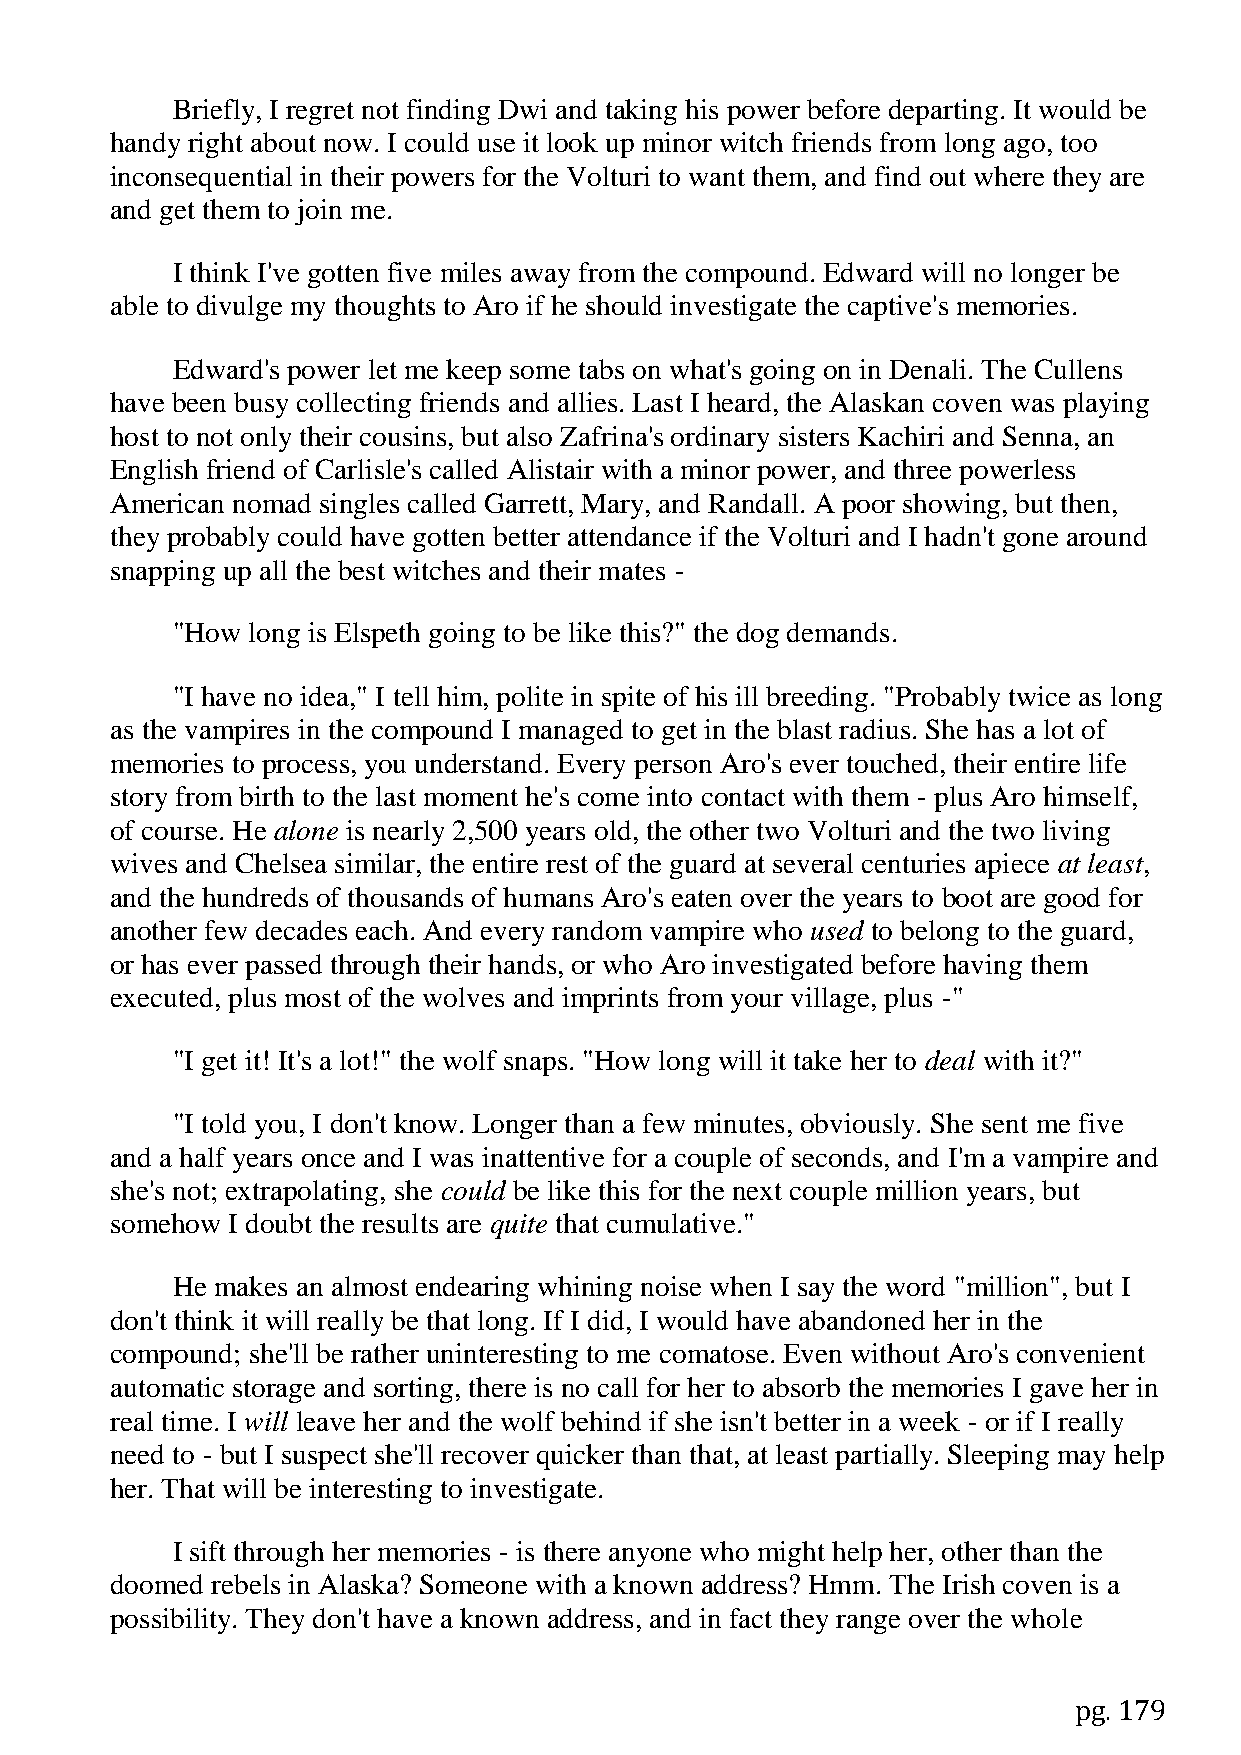
Briefly, I regret not finding Dwi and taking his power before departing. It would be
 handy right about now. I could use it look up minor witch friends from long ago, too
 inconsequential in their powers for the Volturi to want them, and find out where they are
 and get them to join me.
 I think I've gotten five miles away from the compound. Edward will no longer be
 able to divulge my thoughts to Aro if he should investigate the captive's memories.
 Edward's power let me keep some tabs on what's going on in Denali. The Cullens
 have been busy collecting friends and allies. Last I heard, the Alaskan coven was playing
 host to not only their cousins, but also Zafrina's ordinary sisters Kachiri and Senna, an
 English friend of Carlisle's called Alistair with a minor power, and three powerless
 American nomad singles called Garrett, Mary, and Randall. A poor showing, but then,
 they probably could have gotten better attendance if the Volturi and I hadn't gone around
 snapping up all the best witches and their mates -
 "How long is Elspeth going to be like this?" the dog demands.
 "I have no idea," I tell him, polite in spite of his ill breeding. "Probably twice as long
 as the vampires in the compound I managed to get in the blast radius. She has a lot of
 memories to process, you understand. Every person Aro's ever touched, their entire life
 story from birth to the last moment he's come into contact with them - plus Aro himself,
 of course. He alone is nearly 2,500 years old, the other two Volturi and the two living
 wives and Chelsea similar, the entire rest of the guard at several centuries apiece at least,
 and the hundreds of thousands of humans Aro's eaten over the years to boot are good for
 another few decades each. And every random vampire who used to belong to the guard,
 or has ever passed through their hands, or who Aro investigated before having them
 executed, plus most of the wolves and imprints from your village, plus -"
 "I get it! It's a lot!" the wolf snaps. "How long will it take her to deal with it?"
 "I told you, I don't know. Longer than a few minutes, obviously. She sent me five
 and a half years once and I was inattentive for a couple of seconds, and I'm a vampire and
 she's not; extrapolating, she could be like this for the next couple million years, but
 somehow I doubt the results are quite that cumulative."
 He makes an almost endearing whining noise when I say the word "million", but I
 don't think it will really be that long. If I did, I would have abandoned her in the
 compound; she'll be rather uninteresting to me comatose. Even without Aro's convenient
 automatic storage and sorting, there is no call for her to absorb the memories I gave her in
 real time. I will leave her and the wolf behind if she isn't better in a week - or if I really
 need to - but I suspect she'll recover quicker than that, at least partially. Sleeping may help
 her. That will be interesting to investigate.
 I sift through her memories - is there anyone who might help her, other than the
 doomed rebels in Alaska? Someone with a known address? Hmm. The Irish coven is a
 possibility. They don't have a known address, and in fact they range over the whole
 pg. 179